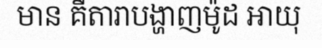
មាន គឺតារាបង្ហាញម៉ូដ អាយុ